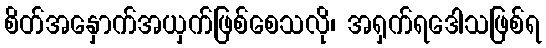
စိတ်အနှောက်အယှက်ဖြစ်စေသလို၊ အရှက်ရဒေါသဖြစ်ရ